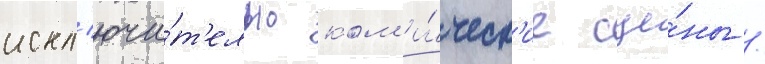
искл'ючи́т'ельно ком'и́ческ'ие сце́ны /